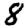
Digit: 8